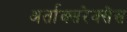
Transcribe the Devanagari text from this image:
अर्ताक्सरेक्सेस